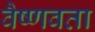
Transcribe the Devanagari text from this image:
वैष्णवता